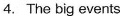
4.The big events